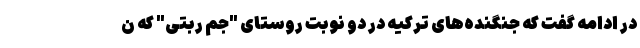
در ادامه گفت که جنگنده‌های ترکیه در دو نوبت روستای "جم ربتی" که ن